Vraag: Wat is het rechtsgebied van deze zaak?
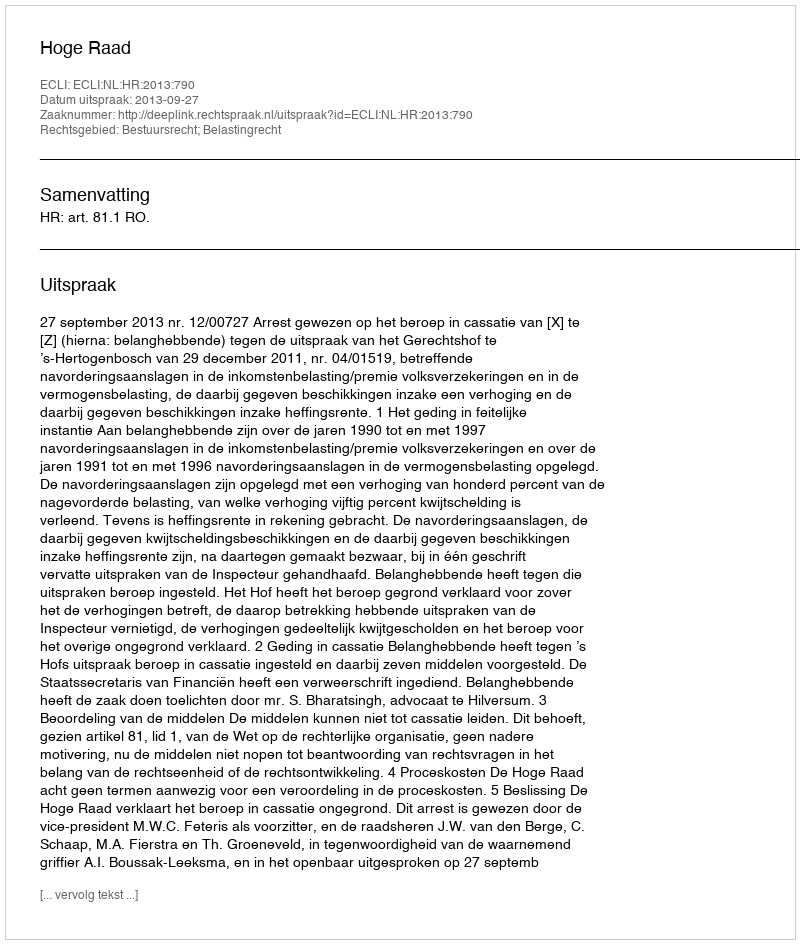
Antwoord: Bestuursrecht; Belastingrecht